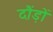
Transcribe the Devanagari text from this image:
दौंड़ों